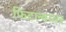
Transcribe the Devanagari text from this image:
फिटल्यावर